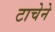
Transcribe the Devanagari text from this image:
टाचेने